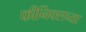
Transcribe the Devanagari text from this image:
फीनिक्सच्या